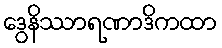
ဒွေနိဿာရဏာဒိကထာ